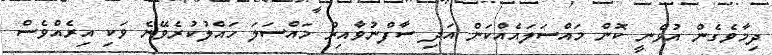
ދިމާވެގެން އުޅެނީ ކޮން މައްސަލައެއްކަން އަދި ސާފްނުވާއިރު މައްސަލަ ހައްލުކުރެވޭނެ ވަކި އިރެއްވެސް